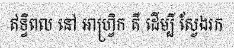
ឥទ្ធិពល នៅ អាហ្វ្រិក គឺ ដើម្បី ស្វែងរក